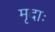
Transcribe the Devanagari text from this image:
मृदाः